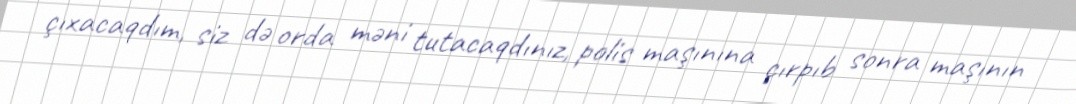
çıxacaqdım, siz də orda məni tutacaqdınız, polis maşınına çırpıb sonra maşının